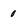
Character: 0